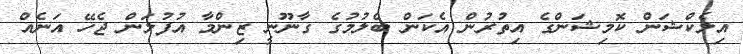
އިލެކްޝަން ކޮމިޝަންގެ އިތުރުން އެކަން ބެލުމުގެ ގާނޫނީ ޒިންމާ އުފުލަން ޖެހޭ އަނެއް